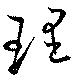
理